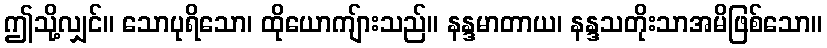
ဤသို့လျှင်။ သောပုရိသော၊ ထိုယောကျ်ားသည်။ နန္ဒမာတာယ၊ နန္ဒသတိုးသာအမိဖြစ်သော။